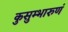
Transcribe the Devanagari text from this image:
कुसुम्भारुणं